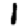
Digit: 1